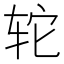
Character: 𫟤